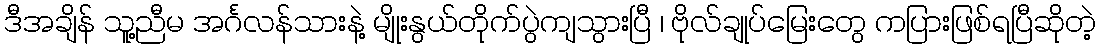
ဒီအချိန် သူ့ညီမ အင်္ဂလန်သားနဲ့ မျိုးနွယ်တိုက်ပွဲကျသွားပြီ ၊ ဗိုလ်ချုပ်မြေးတွေ ကပြားဖြစ်ရပြီဆိုတဲ့